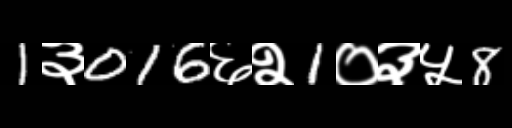
Text: 1३016६२1०३५8